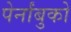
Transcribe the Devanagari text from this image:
पेर्नांबुको